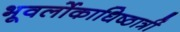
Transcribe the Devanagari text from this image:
भूवर्लोकाधिष्ठात्रीं